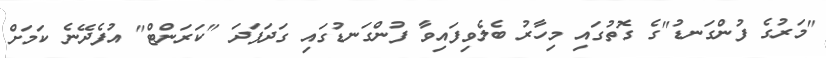
"މަރުގެ ފުންގަނޑު"ގެ ގޮތުގައި މިހާރު ބެލެވިފައިވާ ފުންގަނޑުގައި ގަދަފަދަ "ކަރަންޓް" އުފެދޭނެ ކަމަށް